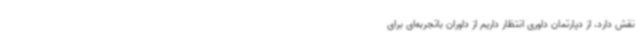
نقش دارد، از دپارتمان داوری انتظار داریم از داوران باتجربه‌ای برای